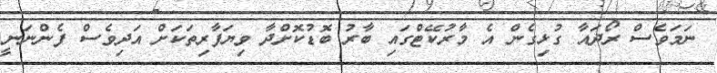
ނަމަވެސް ރޯދައާ ގުޅިގެން އެ މާރުކޭޓްގައި ބާރު ބޮޑުކޮށްދާ ވިޔަފާރިތަަކަށް އަދިވެސް ފެންނަނީ